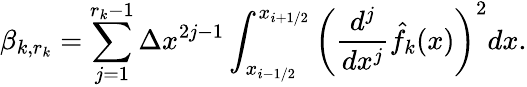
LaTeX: \beta_{k,r_{k}}=\sum_{j=1}^{r_{k}-1}\Delta x^{2j-1}\int_{x_{i-1/2}}^{x_{i+1/2}}\left(\frac{d^{j}}{dx^{j}}\hat{f}_{k}(x)\right)^{2}dx.